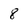
Character: 8